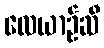
လေယာဉ်ဆီ